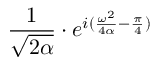
{ \frac { 1 } { \sqrt { 2 \alpha } } } \cdot e ^ { i ( { \frac { \omega ^ { 2 } } { 4 \alpha } } - { \frac { \pi } { 4 } } ) }